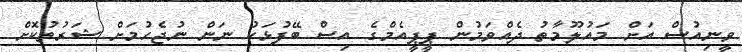
ވީނިއުސް އަށް މައުލޫމާތު ދެއްވަމުން ޕީޕީއެމްގެ އިސް ބޭފުޅަކު ނަން ނުޖެހުމަށް ޝަރުތުކޮށް